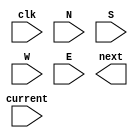
//
//
//
 module Room_FSM (
	input clk, current, N, S, W, E,
	output next
 );

 
 endmodule